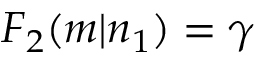
F _ { 2 } ( m | n _ { 1 } ) = \gamma